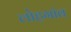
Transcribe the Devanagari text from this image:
लोहगांव